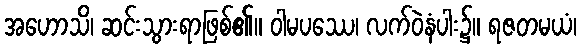
အဟောသိ၊ ဆင်းသွားရာဖြစ်၏။ ဝါမပဿေ၊ လက်ဝဲနံပါး၌။ ရဇတမယံ၊